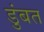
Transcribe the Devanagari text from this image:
डुंबत